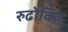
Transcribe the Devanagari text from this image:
रुढोक्ति